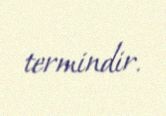
termindir.